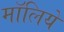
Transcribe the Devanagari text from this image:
मॉलिये